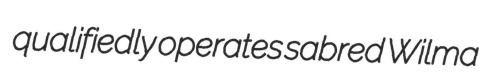
qualifiedly operates sabred Wilma